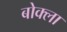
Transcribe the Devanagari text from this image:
बोक्ला